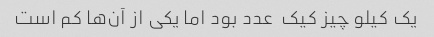
یک کیلو چیز کیک  عدد بود اما یکی از آن‌ها کم است